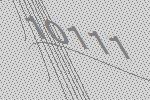
10111